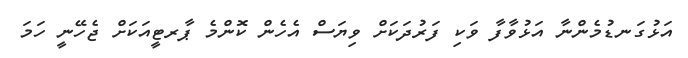
އަޅުގަނޑުމެންނާ އަޅުވާފާ ވަކި ފަރުދަކަށް ވިޔަސް އެހެން ކޮންމެ ޕާރޓީއަކަށް ޖެހޭނީ ހަމަ